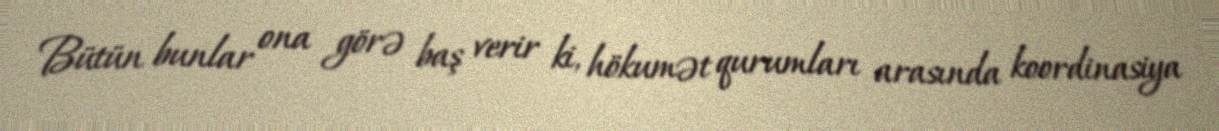
Bütün bunlar ona görə baş verir ki, hökumət qurumları arasında koordinasiya